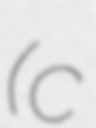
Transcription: (c